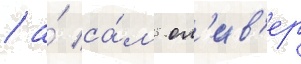
/ а́ са́м ол'ив'ер